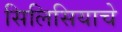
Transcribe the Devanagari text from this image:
सिलिसियाचे